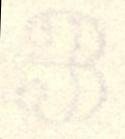
3